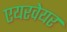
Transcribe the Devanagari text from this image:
एयरवेयर